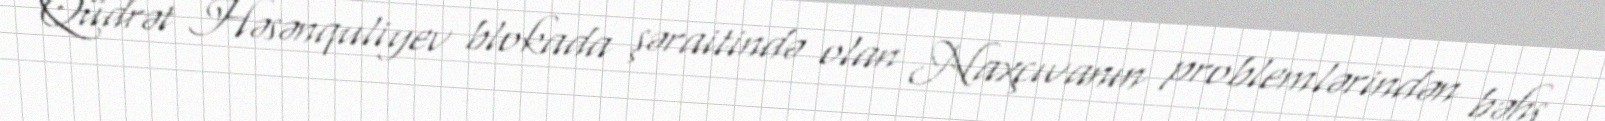
Qüdrət Həsənquliyev blokada şəraitində olan Naxçıvanın problemlərindən bəhs